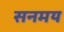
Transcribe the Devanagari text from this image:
सनमय